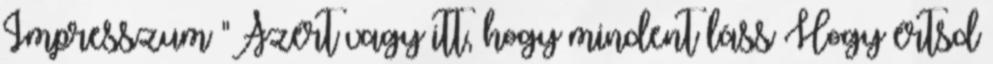
Impresszum "Azért vagy itt, hogy mindent láss Hogy értsd